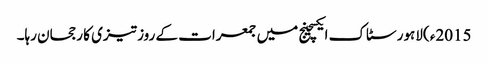
2015ء )لاہور سٹاک ایکسچینج میں جمعرات کے روز تیزی کا رجحان رہا۔